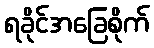
ရခိုင်အခြေစိုက်